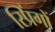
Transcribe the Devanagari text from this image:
स्प्रिंगों